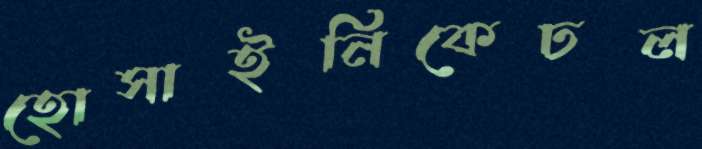
হোসাইনিকেঢল